Annual administration report of the Civil Veterinary Department of India - 1895-1896
Year: 1895
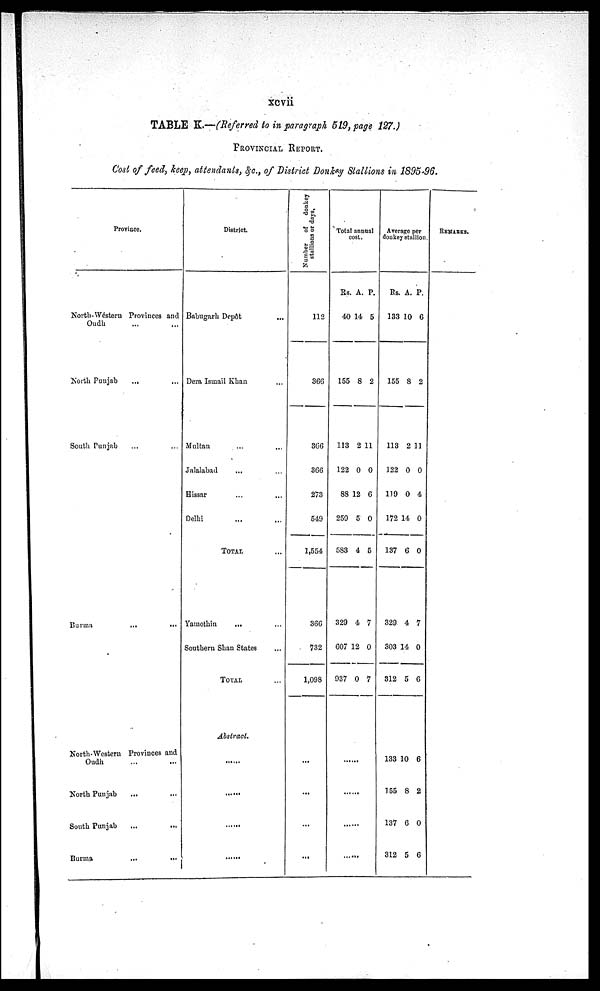
xcvii
TABLE K.—(Referred to in paragraph 519, page 127.)
PROVINCIAL REPORT.
Cost of feed, keep, attendants, &c., of District Donkey Stallions in 1895-96.
Province.
North-Western Provinces and
Oudh ... ...
North Punjab ... ...
South Punjab ... ...
Burma ... ...
North-Western Provinces and
Oudh ... ...
North Punjab ... ...
South Punjab ... ...
Burma ... ...
District.
Babugarh Depôt...
Dera Ismail Khan ...
Multan
...
...
Jalalabad
...
Hissar
...
...
Delhi
...
...
TOTAL ...
Yamethin ... ...
Southern Shan States
...
TOTAL ...
Abstract.
......
......
Number
of
donkey
stallions or days,
112
366
366
366
273
549
1,554
366
732
1,098
...
...
...
...
Total annual
cost.
Rs.
40
155
113
122
88
259
583
329
607
937
A.
14
8
2
0
12
5
4
4
12
0
P.
5
2
11
0
6
0
5
7
0
7
......
......
......
......
Average
donkey stallation
Rs.
133
155
113
122
119
172
137
329
303
312
133
155
137
312
A.
10
8
2
0
0
14
6
4
14
5
10
8
6
5
P.
6
2
11
0
4
0
0
7
0
6
6
2
0
6
REMARKS.